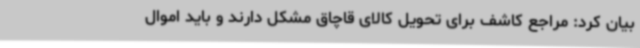
بیان کرد: مراجع کاشف برای تحویل کالای قاچاق مشکل دارند و باید اموال